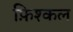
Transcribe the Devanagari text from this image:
फ़िश्कल